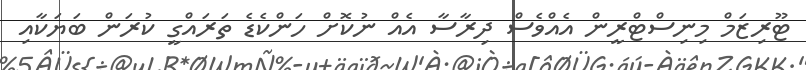
ޓޫރިޒަމް މިނިސްޓްރީން އެއްވެސް ދިރާސާ އެއް ނުކޮށް ހަންކެޑެ ތަރައްގީ ކުރަން ބަޔަކާއި